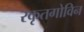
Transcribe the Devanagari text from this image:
रकृतगोविन